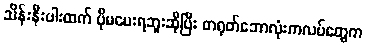
သိန်းနီးပါးထက် ပိုမပေးရဘူးဆိုပြီး တရုတ်ဘောလုံးကလပ်တွေက